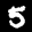
Label: 5